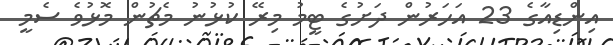
އިންޑިއާގެ 23 އަހަރުން ދަށުގެ ޓީމު މިރޭ ކުޅުނު މެޗުން މޮޅުވެ ސެމީ